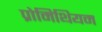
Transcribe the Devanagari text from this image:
प्रोमिथियम